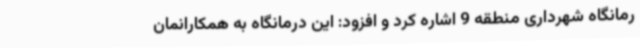
رمانگاه شهرداری منطقه 9 اشاره کرد و افزود: این درمانگاه به همکارانمان